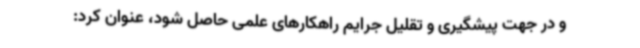
و در جهت پیشگیری و تقلیل جرایم راهکارهای علمی حاصل شود، عنوان کرد: